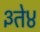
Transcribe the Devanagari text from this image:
३ते४